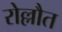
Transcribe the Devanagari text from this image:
रोल्लौत